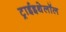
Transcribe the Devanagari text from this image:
ट्राईइथेलॉल